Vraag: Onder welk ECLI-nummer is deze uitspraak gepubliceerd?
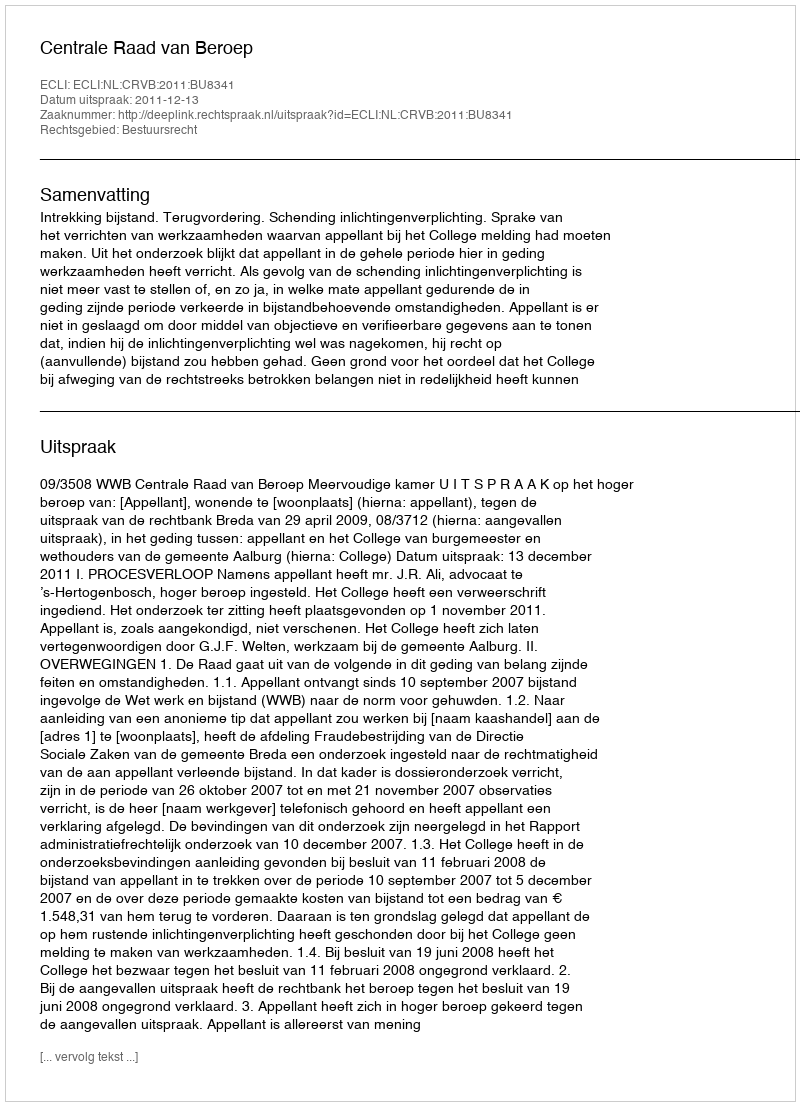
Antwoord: ECLI:NL:CRVB:2011:BU8341